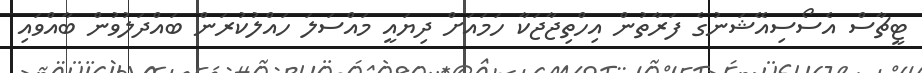
ޓީޗާސް އެސޯސިއޭޝަނުގެ ފަރާތުން އިހްތިޖާޖަކާ ހަމައަށް ދިޔައީ މައްސަލަ ހައްލުކުރަން ބައްދަލުވުން ބާއްވައި